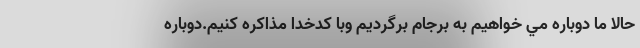
حالا ما دوباره مي خواهيم به برجام برگرديم وبا كدخدا مذاكره كنيم.دوباره